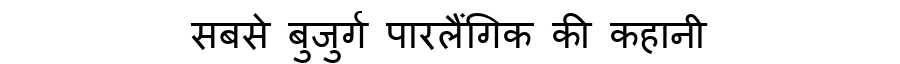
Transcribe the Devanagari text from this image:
सबसे बुजुर्ग पारलैंगिक की कहानी